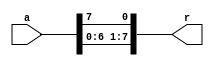
`timescale 1ns / 1ps
//////////////////////////////////////////////////////////////////////////////////
// Company: 
// Engineer: 
// 
// Design Name: 
// Module Name: CircularLeftShift
// Project Name: 
// Target Devices: 
// Tool Versions: 
// Description: 
// 
// Dependencies: 
// 
// Revision:
// Revision 0.01 - File Created
// Additional Comments:
// 
//////////////////////////////////////////////////////////////////////////////////


module CircularLeftShift(
        input [7:0] a,
        output [7:0] r
    );
    assign r = {a[6:0],a[7]};
endmodule